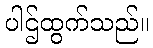
ပါဌ်ထွက်သည်။